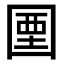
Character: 𡇽